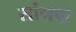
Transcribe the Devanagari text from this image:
सांगपो